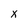
Character: x